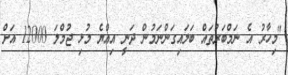
"މިހާރު އެ ނަމްބަރުތައް ބަލައިގަންނަމުން ދަނީ އިއްޔެ މުޅި ޖުމްލަ 12000 އަށް